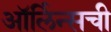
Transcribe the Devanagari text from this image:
ऑर्लिन्सची